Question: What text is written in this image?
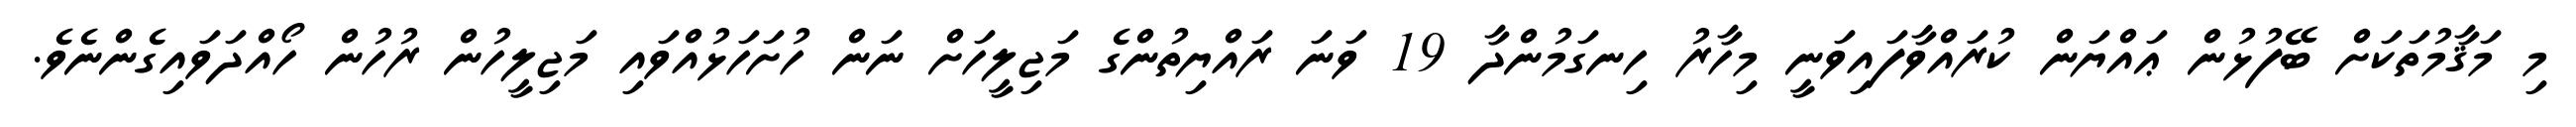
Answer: މި މަޤާމުތަކަށް ބޭފުޅުން ޢައްޔަން ކުރައްވާފައިވަނީ މިހާރު ހިނގަމުންދާ 19 ވަނަ ރައްޔިތުންގެ މަޖިލީހަށް ނަން ހުށަހަޅުއްވައި މަޖިލީހުން ރުހުން ހޯއްދަވައިގެންނެވެ.